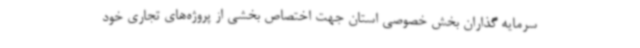
سرمایه گذاران بخش خصوصی استان جهت اختصاص بخشی از پروژه‌های تجاری خود